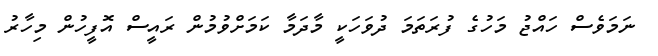
ނަމަވެސް ހައްޖު މަހުގެ ފުރަތަމަ ދުވަހަކީ މާދަމާ ކަމަށްވުމުން ރައީސް އޮފީހުން މިހާރު